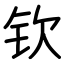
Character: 钦